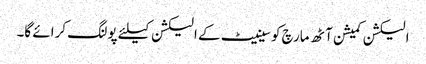
الیکشن کمیشن آٹھ مارچ کو سینیٹ کے الیکشن کیلئے پولنگ کرائے گا۔